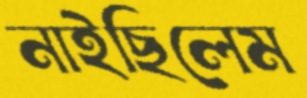
নাইছিলেম